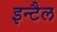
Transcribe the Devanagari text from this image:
इन्टैल